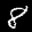
Label: 8